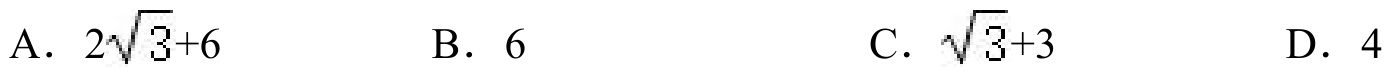
A. \(2\sqrt{3}+6\)  B. \(6\)  C. \(\sqrt{3}+3\)  D. \(4\)